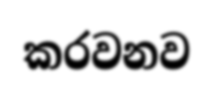
කරවනව